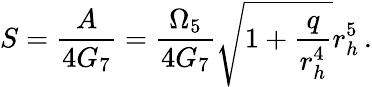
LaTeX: S=\frac{A}{4G_{7}}=\frac{\Omega_{5}}{4G_{7}}\sqrt{1+\frac{q}{r_{h}^{4}}}r_{h}^{5}\, .